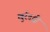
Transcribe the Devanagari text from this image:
खुर्रदद्बी